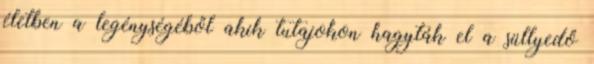
életben a legénységéből akik tutajokon hagyták el a süllyedő